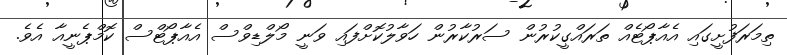
ތިމަރަފުށީގައި އެއާޕޯޓެއް ތަރައްގީކުރުން ސަރުކާރުން ހަވާލުކޮށްފައި ވަނީ މޯލްޑިވްސް އެއާޕޯޓްސް ކޮމްޕެނީއާ އެވެ.